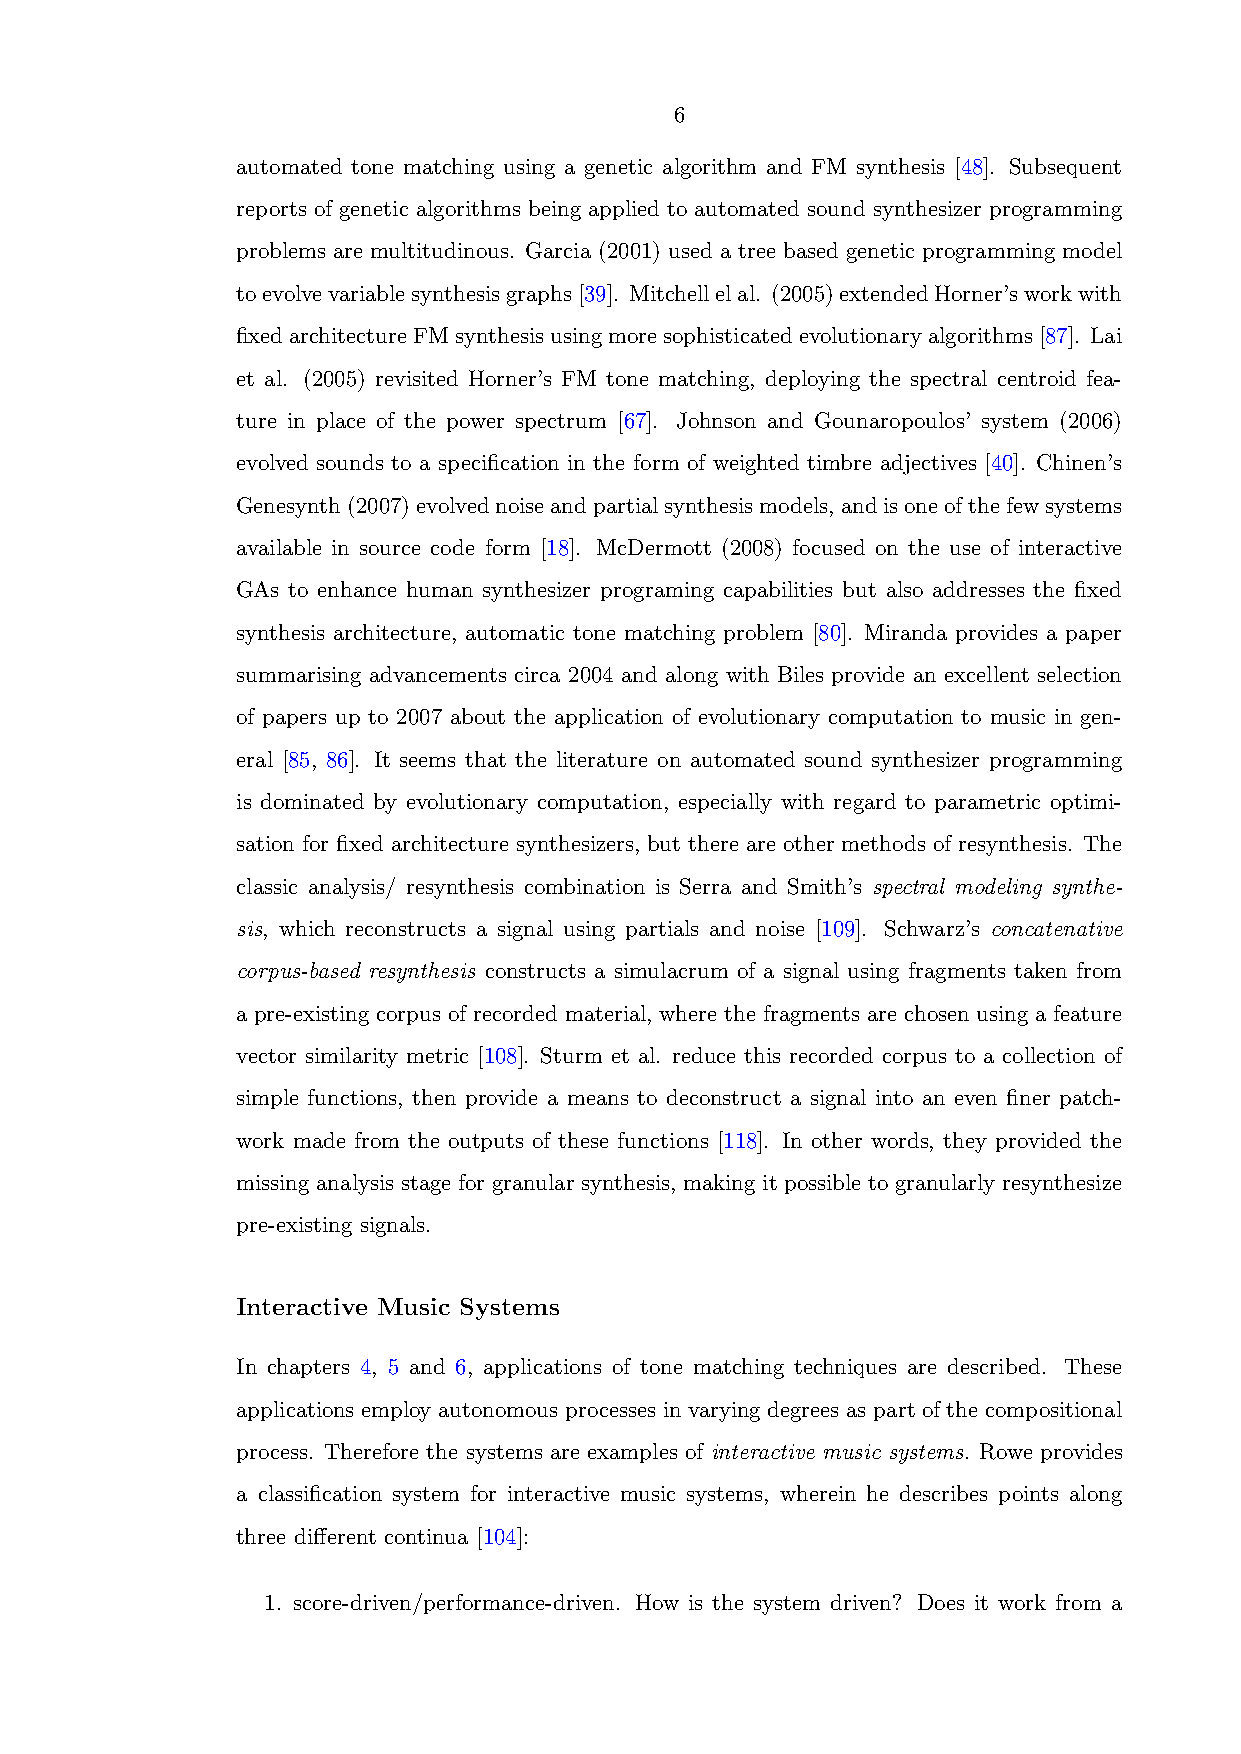
6
 automated tone matching using a genetic algorithm and FM synthesis [48]. Subsequent
 reports of genetic algorithms being applied to automated sound synthesizer programming
 problems are multitudinous. Garcia (2001) used a tree based genetic programming model
 toevolvevariablesynthesisgraphs[39]. Mitchellelal. (2005)extendedHorner’sworkwith
 fixedarchitectureFMsynthesisusingmoresophisticatedevolutionaryalgorithms[87]. Lai
 et al. (2005) revisited Horner’s FM tone matching, deploying the spectral centroid fea-
 ture in place of the power spectrum [67]. Johnson and Gounaropoulos’ system (2006)
 evolved sounds to a specification in the form of weighted timbre adjectives [40]. Chinen’s
 Genesynth(2007)evolvednoiseandpartialsynthesismodels,andisoneofthefewsystems
 available in source code form [18]. McDermott (2008) focused on the use of interactive
 GAs to enhance human synthesizer programing capabilities but also addresses the fixed
 synthesis architecture, automatic tone matching problem [80]. Miranda provides a paper
 summarising advancements circa 2004 and along with Biles provide an excellent selection
 of papers up to 2007 about the application of evolutionary computation to music in gen-
 eral [85, 86]. It seems that the literature on automated sound synthesizer programming
 is dominated by evolutionary computation, especially with regard to parametric optimi-
 sation for fixed architecture synthesizers, but there are other methods of resynthesis. The
 classic analysis/ resynthesis combination is Serra and Smith’s spectral modeling synthe-
 sis, which reconstructs a signal using partials and noise [109]. Schwarz’s concatenative
 corpus-based resynthesis constructs a simulacrum of a signal using fragments taken from
 a pre-existing corpus of recorded material, where the fragments are chosen using a feature
 vector similarity metric [108]. Sturm et al. reduce this recorded corpus to a collection of
 simple functions, then provide a means to deconstruct a signal into an even finer patch-
 work made from the outputs of these functions [118]. In other words, they provided the
 missing analysis stage for granular synthesis, making it possible to granularly resynthesize
 pre-existing signals.
 Interactive Music Systems
 In chapters 4, 5 and 6, applications of tone matching techniques are described. These
 applications employ autonomous processes in varying degrees as part of the compositional
 process. Therefore the systems are examples of interactive music systems. Rowe provides
 a classification system for interactive music systems, wherein he describes points along
 three different continua [104]:
 1. score-driven/performance-driven. How is the system driven? Does it work from a